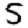
Digit: 5